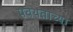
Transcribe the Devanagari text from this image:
पवथताच्या